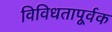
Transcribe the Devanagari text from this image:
विविधतापूर्वक